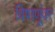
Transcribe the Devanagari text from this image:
विषाणूंवर